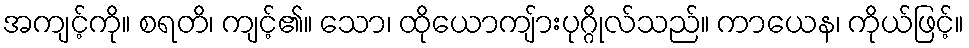
အကျင့်ကို။ စရတိ၊ ကျင့်၏။ သော၊ ထိုယောကျ်ားပုဂ္ဂိုလ်သည်။ ကာယေန၊ ကိုယ်ဖြင့်။